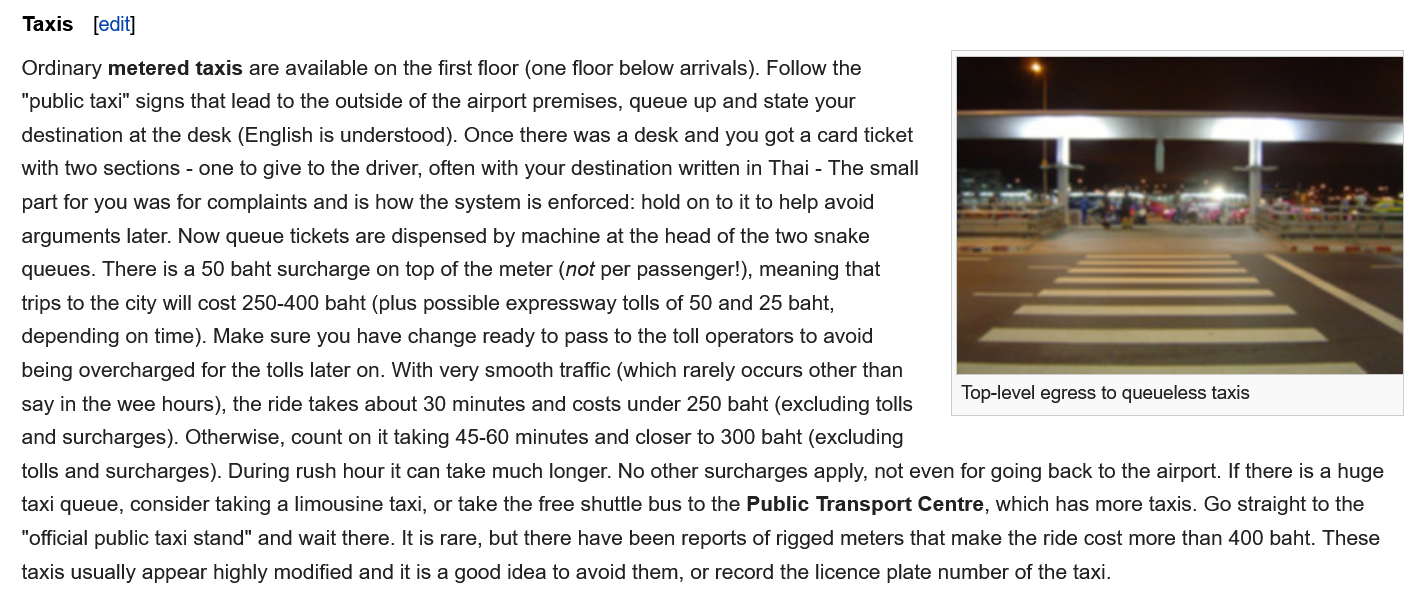
Taxis
   Ordinary metered taxis are available on the first floor (one floor below arrivals). Follow the
   "public taxi" signs that lead to the outside of the airport premises, queue up and state your
   destination at the desk (English is understood). Once there was a desk and you got a card ticket
   with two sections
     - one to give to the driver, often with your destination written in Thai
     -
     The small
   part for you was for complaints and is how the system is enforced: hold on to it to help avoid
   arguments later. Now queue tickets are dispensed by machine at the head of the two snake
   queues. There is a 50 baht surcharge on top of the meter (not per passenger!), meaning that
   trips to the city will cost 250-400 baht (plus possible expressway tolls of 50 and 25 baht,
   depending on time). Make sure you have change ready to pass to the toll operators to avoid
   being overcharged for the tolls later on. With very smooth traffic (which rarely occurs other than
   say in the wee hours), the ride takes about 30 minutes and costs under 250 baht (excluding tolls
   and surcharges). Otherwise, count on it taking 45-60 minutes and closer to 300 baht (excluding

     Top-level egress to queueless taxis
   tolls and surcharges). During rush hour it can take much longer. No other surcharges apply, not even for going back to the airport. If there is a huge
   taxi queue, consider taking a limousine taxi, or take the free shuttle bus to the Public Transport Centre, which has more taxis. Go straight to the
   “official public taxi stand" and wait there. It is rare, but there have been reports of rigged meters that make the ride cost more than 400 baht. These
   taxis usually appear highly modified and it is a good idea to avoid them, or record the licence plate number of the taxi.
     [edit]
     Top-level egress to queueless taxis